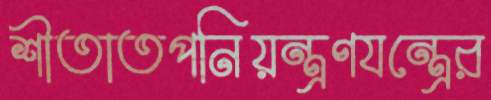
শীতাতপনিয়ন্ত্রণযন্ত্রের